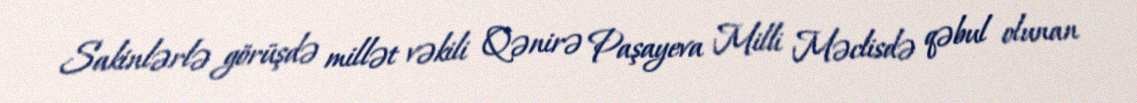
Sakinlərlə görüşdə millət vəkili Qənirə Paşayeva Milli Məclisdə qəbul olunan